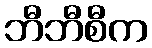
ဘီဘီစီက